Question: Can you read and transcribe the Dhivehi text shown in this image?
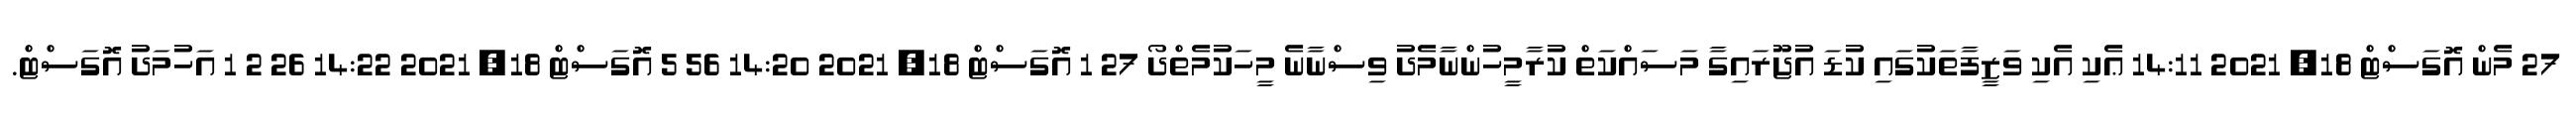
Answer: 27 މެން އޮގަސްޓް 18, 2021 14:11 ޢެކި އެކި ވަޒީފާތަކުގައި ކުޑަ އުޖޫރައިގާ މަސައްކަތް ކުރާމީހުންނާމެދު ވިސްނާނެ މީހަކުމެތްދޯ 27 1 އޮގަސްޓް 18, 2021 14:20 56 5 އޮގަސްޓް 18, 2021 14:22 26 2 1 އަހުމަދު އޮގަސްޓް.